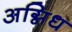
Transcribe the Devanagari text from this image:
अग्निध